Papers set at the Examination for Leaving Certificates, 1892
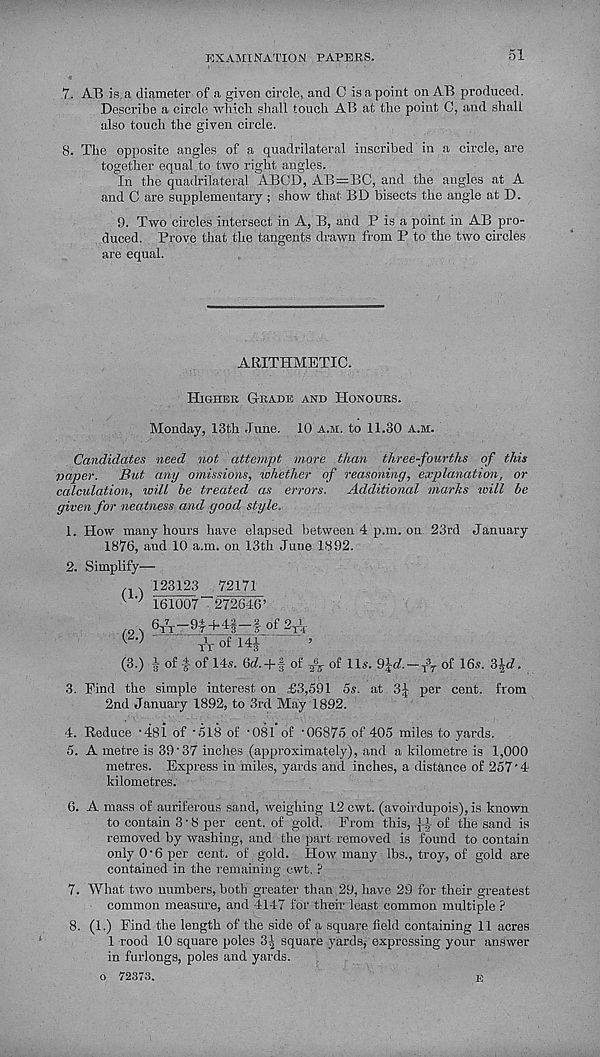
EXAMINATION PAPERS.
51
Y. AB is, a diametei’ of a given circle, and C is a point on AB produced.
Describe a circle whicli shall touch AB at the point C, and shall
also touch the given circle.
8. The opposite angles of a quadrilateral inscribed in a circle, are
together equal to two right angles.
In the quadrilateral ABOD, AB=BC, and the angles at A
and C are supplementary ; show that BD bisects the angle at D.
9. Two circles intersect in A, B, and P is a point in AB pro-
duced. Prove that the tangents drawn from P to the two circles
are equal.
ARITHMETIC.
Higher (Trade and Honours.
Monday, 13th June. 10 a.m. to 11.30 a.m.
Candidates need not attempt more than three-fourths of this
vaper. But any omissions, whether of reasoning, explanation, or
calculation, ivill be treated as errors. Additional marks will be
given for neatness and good style.
1. How many hours have elapsed between 4 p.m. on 23rd January
1876, and 10 a.m. on 13th June 1892.
2. Simplify—
.,123123 72171
^ ’’ 161007 - '272646’
(2.)
(3.)
6^r-9i§-4§—f of 2^-
T-V of 141
| of f of 14,s. Qd.+l of fn of 11s. 9\d.~i\ of 16s.
.
3. Find the simple interest on £3,591 5s. at 3^ per cent, from
2nd January 1892, to 3rd May 1892.
4. Reduce ’481 of '518 of - 081 of '06875 of 405 miles to yards.
5. A metre is 39 - 37 inches (approximately), and a kilometre is 1,000
metres. Express in miles, yards and inches, a distance of 257*4
kilometres.
G. A mass of auriferous sand, weighing 12 cwt. (avoirdupois), is known
to contain 3 1 8 per cent, of gold. From this, ^4 of the sand is
removed by washing, and the part removed is found to contain
only 0 - 6 per cent, of gold. How many lbs., troy, of gold are
contained in the remaining cwt. ?
7. What two numbers, both greater than 29, have 29 for their greatest
common measure, and 4147 for their least common multiple ?
8. (1.) Find the length of the side of a square field containing 11 acres
1 rood 10 square poles 3! 2 square yards,- expressing your answer
in furlongs, poles and yards.
o 72373.
E